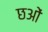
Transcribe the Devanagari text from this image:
छओं